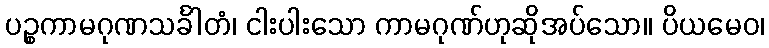
ပဉ္စကာမဂုဏသင်္ခါတံ၊ ငါးပါးသော ကာမဂုဏ်ဟုဆိုအပ်သော။ ပိယမေဝ၊